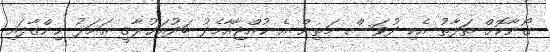
ގޯނާކޮށް ތަފާތު އެކި ދުވަސް މަތިން އެ ކުއްޖާއާމެދު ބަދުއަޚުލާޤީ ޢަމަލު ހިންގާފައި